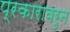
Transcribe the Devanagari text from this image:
प्रकारावरुन